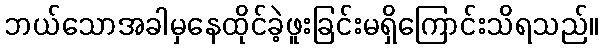
ဘယ်သောအခါမှနေထိုင်ခဲ့ဖူးခြင်းမရှိကြောင်းသိရသည်။